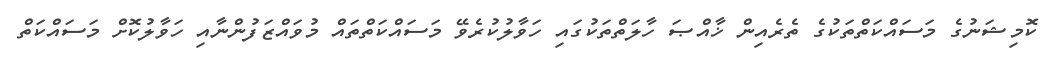
ކޮމިޝަނުގެ މަސައްކަތްތަކުގެ ތެރެއިން ޚާއްޞަ ހާލަތްތަކުގައި ހަވާލުކުރެވޭ މަސައްކަތްތައް މުވައްޒަފުންނާއި ހަވާލުކޮށް މަސައްކަތް